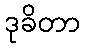
ဒုခိတာ